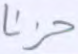
حزنا